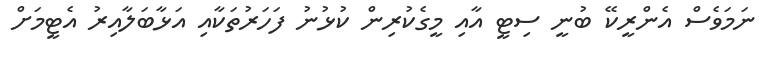
ނަމަވެސް އެންރީކޭ ބުނީ ސިޓީ އާއި މީގެކުރިން ކުޅުނު ފަހަރުތަކާއި އަޅާބަލާއިރު އެޓީމަށް